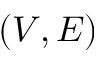
( V , E )